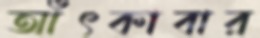
আঁৎকাবার